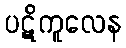
ပဋိကူလေန